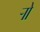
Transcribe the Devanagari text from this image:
र्‍ाो